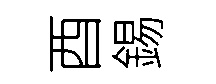
酉錫